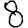
Digit: 8